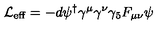
{ \cal L } _ { \mathrm { \scriptsize e f f } } = - d \psi ^ { \dagger } \gamma ^ { \mu } \gamma ^ { \nu } \gamma _ { 5 } F _ { \mu \nu } \psi